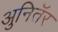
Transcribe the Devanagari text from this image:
अुनितॅर